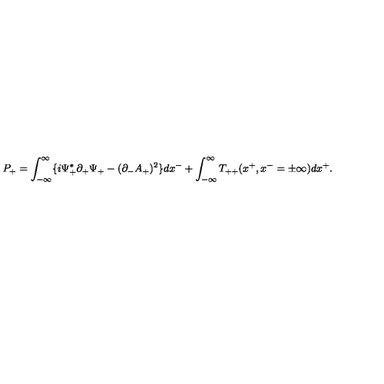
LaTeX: P _ { + } = \int _ { - { \infty } } ^ { \infty } \{ i { \Psi } _ { + } ^ { \ast } { \partial } _ { + } { \Psi } _ { + } - ( { \partial } _ { - } A _ { + } ) ^ { 2 } \} d x ^ { - } + \int _ { - { \infty } } ^ { \infty } T _ { + + } ( x ^ { + } , x ^ { - } = { \pm } { \infty } ) d x ^ { + } .